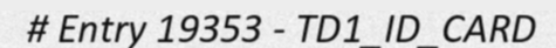
# Entry 19353 - TD1_ID_CARD